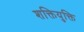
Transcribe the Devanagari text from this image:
शक्तियुक्ति